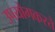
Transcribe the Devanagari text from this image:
उपयोगकरते